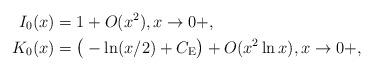
LaTeX: \begin{align*}I_0(x) &= 1 + O(x^2),x\rightarrow 0+,\\K_0(x) &= \big(-\ln(x/2) + C_{\rm E}\big) + O(x^2\ln x),x\rightarrow 0+,\end{align*}